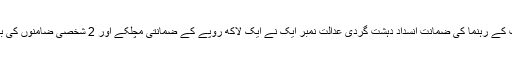
اہل سنت والجماعت کے رہنما کی ضمانت انسداد دہشت گردی عدالت نمبر ایک نے ایک لاکھ روپے کے ضمانتی مچلکے اور 2 شخصی ضامنوں کی بنیاد پر منظور کی۔